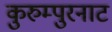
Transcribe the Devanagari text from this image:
कुरुम्पुरनाट